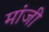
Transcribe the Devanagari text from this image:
मांजी